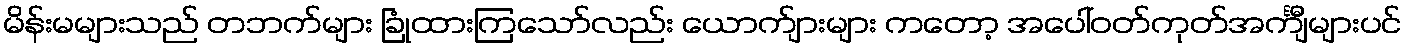
မိန်းမများသည် တဘက်များ ခြုံထားကြသော်လည်း ယောက်ျားများ ကတော့ အပေါ်ဝတ်ကုတ်အင်္ကျီများပင်